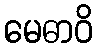
မေဓာဝိ